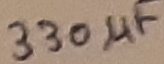
Text: 330µF